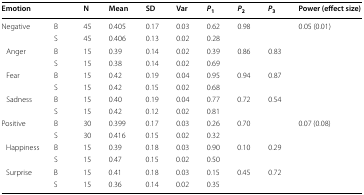
| Emotion |  | N | Mean | SD | Var | P1 | P2 | P3 | Power (effect size) |
 | --- | --- | --- | --- | --- | --- | --- | --- | --- | --- |
 | <ROWSPAN=2> Negative | B | 45 | 0.405 | 0.17 | 0.03 | 0.62 | <ROWSPAN=2> 0.98 | <ROWSPAN=2>  | <ROWSPAN=8> 0.05 (0.01) |
 | S | 45 | 0.406 | 0.13 | 0.02 | 0.28 |
 | <ROWSPAN=2> Anger | B | 15 | 0.39 | 0.14 | 0.02 | 0.39 | <ROWSPAN=2> 0.86 | <ROWSPAN=2> 0.83 |
 | S | 15 | 0.38 | 0.14 | 0.02 | 0.69 |
 | <ROWSPAN=2> Fear | B | 15 | 0.42 | 0.19 | 0.04 | 0.95 | <ROWSPAN=2> 0.94 | <ROWSPAN=2> 0.87 |
 | S | 15 | 0.42 | 0.15 | 0.02 | 0.68 |
 | <ROWSPAN=2> Sadness | B | 15 | 0.40 | 0.19 | 0.04 | 0.77 | <ROWSPAN=2> 0.72 | <ROWSPAN=2> 0.54 |
 | S | 15 | 0.42 | 0.12 | 0.02 | 0.81 |
 | <ROWSPAN=2> Positive | B | 30 | 0.399 | 0.17 | 0.03 | 0.26 | <ROWSPAN=2> 0.70 | <ROWSPAN=2>  | <ROWSPAN=6> 0.07 (0.08) |
 | S | 30 | 0.416 | 0.15 | 0.02 | 0.32 |
 | <ROWSPAN=2> Happiness | B | 15 | 0.39 | 0.18 | 0.03 | 0.90 | <ROWSPAN=2> 0.10 | <ROWSPAN=2> 0.29 |
 | S | 15 | 0.47 | 0.15 | 0.02 | 0.50 |
 | <ROWSPAN=2> Surprise | B | 15 | 0.41 | 0.18 | 0.03 | 0.15 | <ROWSPAN=2> 0.45 | <ROWSPAN=2> 0.72 |
 | S | 15 | 0.36 | 0.14 | 0.02 | 0.35 |